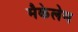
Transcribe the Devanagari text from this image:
मैकेलेम